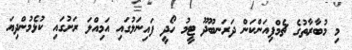
މި މުބާރާތުގެ ޗެމްޕިއަންކަން ދަރަނބޫދޫ ޓީމު ހޯދީ ފައިނަލުގައި އަމިއްލަ ރަށުގައި ކުޅެމުންދިޔަ